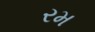
રમ